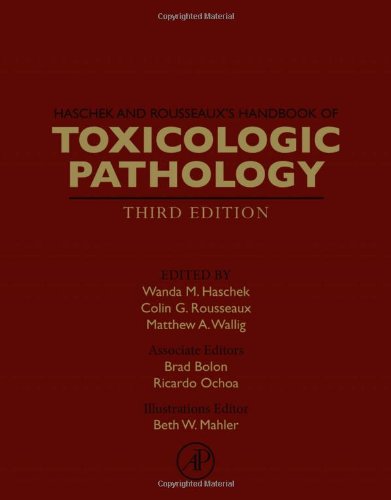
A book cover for Haschek and Rousseaux's Handbook of Toxicologic Pathology, Third Edition; Medical Books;